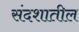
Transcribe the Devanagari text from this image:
संदशातील